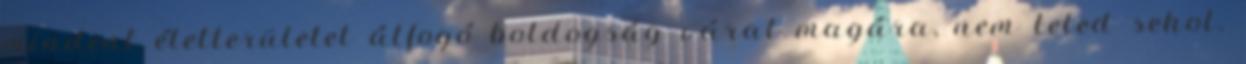
mindent életterületet átfogó boldogság várat magára, nem leled sehol.